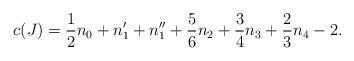
LaTeX: \begin{align*} c(J) = \frac{1}{2}n_0 + n_1' + n_1'' + \frac{5}{6}n_2 + \frac{3}{4}n_3 +\frac{2}{3}n_4 - 2.\end{align*}